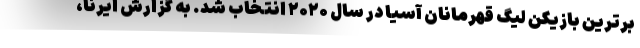
برترین بازیکن لیگ قهرمانان آسیا در سال ۲۰۲۰ انتخاب شد. به گزارش ایرنا،